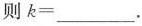
则$$k=___$$.